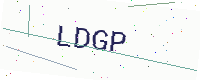
Text: LDGP